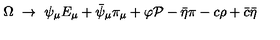
\Omega \ \to \ \psi _ { \mu } E _ { \mu } + \bar { \psi } _ { \mu } \pi _ { \mu } + \varphi { \cal P } - \bar { \eta } \pi - c \rho + \bar { c } \bar { \eta }